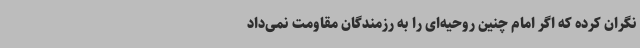
نگران کرده که اگر امام چنین روحیه‌ای را به رزمندگان مقاومت نمی‌داد